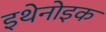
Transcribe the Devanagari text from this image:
इथेनोइक